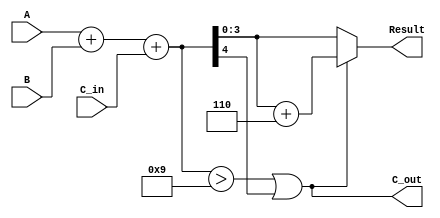
module BCD_Parallel_Adder (
    input [3:0] A,       // First BCD digit
    input [3:0] B,       // Second BCD digit
    input C_in,          // Carry input
    output [3:0] Result, // BCD result
    output C_out         // Carry output
);

    wire [4:0] sum;      // 5-bit sum to accommodate carry
    wire correction;      // Correction flag

    // Step 1: Binary addition of A, B, and C_in
    assign sum = A + B + C_in;

    // Step 2: Check if correction is needed
    assign correction = (sum > 9) || (sum[4]); // Check if sum exceeds 9 or carry out is 1

    // Step 3: Apply correction if needed
    assign Result = correction ? (sum + 5'd6) : sum[3:0]; // Add 6 if correction is needed

    // Step 4: Determine the carry out
    assign C_out = correction; // Carry out is set if correction was applied

endmodule